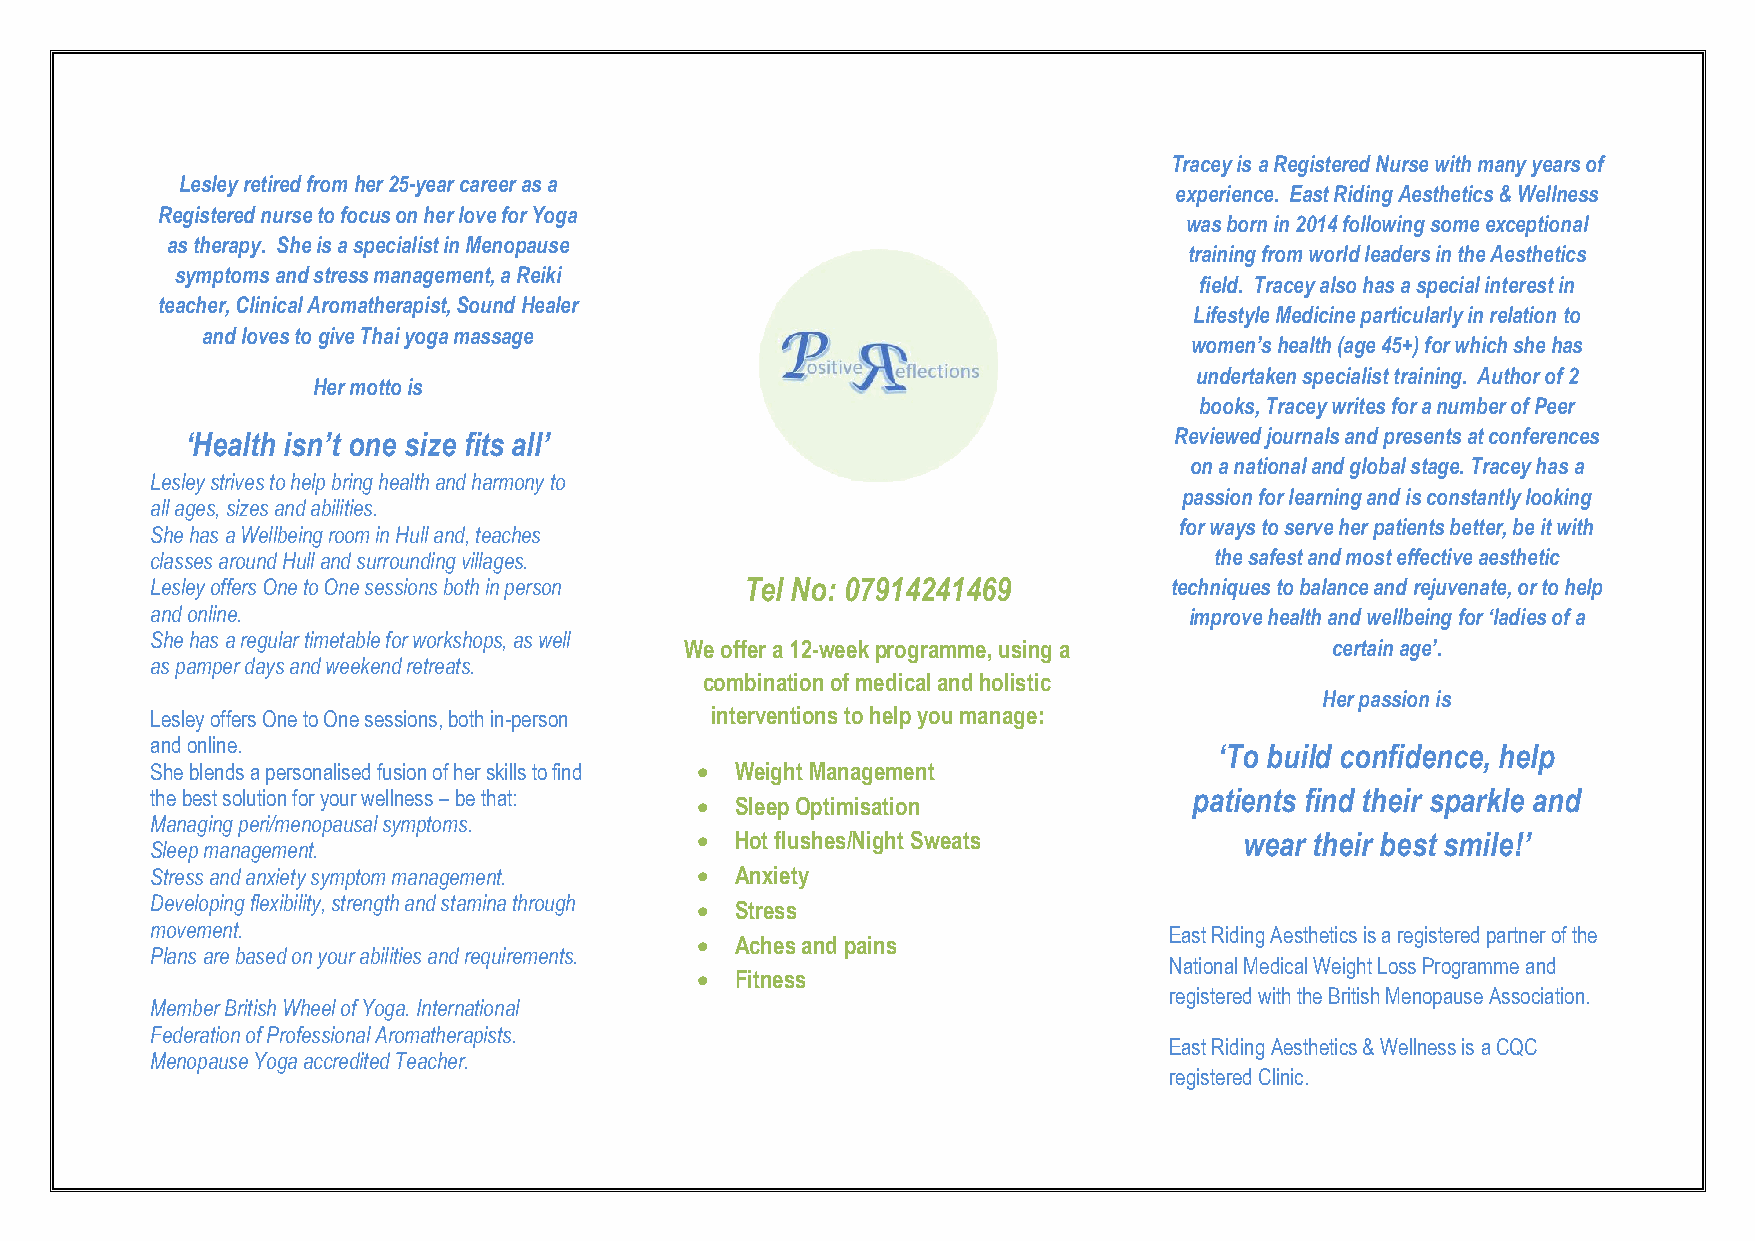
Tracey is a Registered Nurse with many years of
 Lesley retired from her 25-year career as a
 experience. East Riding Aesthetics & Wellness
 Registered nurse to focus on her love for Yoga
 was born in 2014 following some exceptional
 as therapy. She is a specialist in Menopause
 training from world leaders in the Aesthetics
 symptoms and stress management, a Reiki
 field. Tracey also has a special interest in
 teacher, Clinical Aromatherapist, Sound Healer
 Lifestyle Medicine particularly in relation to
 and loves to give Thai yoga massage
 women’s health (age 45+) for which she has
 undertaken specialist training. Author of 2
 Her motto is
 books, Tracey writes for a number of Peer
 ‘Health isn’t one size fits all’                                  Reviewed journals and presents at conferences
 on a national and global stage. Tracey has a
 Lesley strives to help bring health and harmony to
 passion for learning and is constantly looking
 all ages, sizes and abilities.
 for ways to serve her patients better, be it with
 She has a Wellbeing room in Hull and, teaches
 classes around Hull and surrounding villages.                         the safest and most effective aesthetic
 Lesley offers One to One sessions both in person Tel No: 07914241469 techniques to balance and rejuvenate, or to help
 and online.                                                          improve health and wellbeing for ‘ladies of a
 She has a regular timetable for workshops, as well
 We offer a 12-week programme, using a      certain age’.
 as pamper days and weekend retreats.
 combination of medical and holistic
 Her passion is
 Lesley offers One to One sessions, both in-person interventions to help you manage:
 and online.
 ‘To build confidence, help
 She blends a personalised fusion of her skills to find • Weight Management
 the best solution for your wellness – be that:                       patients find their sparkle and
 •  Sleep Optimisation
 Managing peri/menopausal symptoms.
 •  Hot flushes/Night Sweats         wear their best smile!’
 Sleep management.
 Stress and anxiety symptom management. • Anxiety
 Developing flexibility, strength and stamina through • Stress
 movement.                                                          East Riding Aesthetics is a registered partner of the
 •  Aches and pains
 Plans are based on your abilities and requirements.
 National Medical Weight Loss Programme and
 •  Fitness
 registered with the British Menopause Association.
 Member British Wheel of Yoga. International
 Federation of Professional Aromatherapists.
 East Riding Aesthetics & Wellness is a CQC
 Menopause Yoga accredited Teacher.
 registered Clinic.